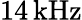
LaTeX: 14\, \mathrm{kHz}